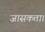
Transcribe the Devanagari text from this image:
जासकता।